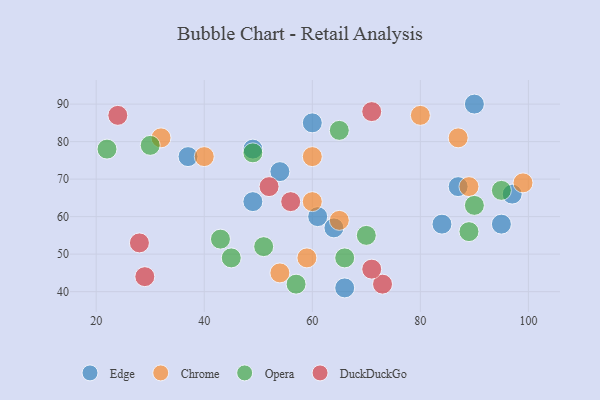
{"axis": {"x": "GDP", "y": "Life Expectancy"}, "legend": ["Chrome", "DuckDuckGo", "Edge", "Opera"], "data": [{"x": "84", "y": 58, "type": "Edge"}, {"x": "90", "y": 90, "type": "Edge"}, {"x": "95", "y": 58, "type": "Edge"}, {"x": "49", "y": 78, "type": "Edge"}, {"x": "66", "y": 41, "type": "Edge"}, {"x": "97", "y": 66, "type": "Edge"}, {"x": "61", "y": 60, "type": "Edge"}, {"x": "87", "y": 68, "type": "Edge"}, {"x": "37", "y": 76, "type": "Edge"}, {"x": "49", "y": 64, "type": "Edge"}, {"x": "60", "y": 85, "type": "Edge"}, {"x": "64", "y": 57, "type": "Edge"}, {"x": "54", "y": 72, "type": "Edge"}, {"x": "32", "y": 81, "type": "Chrome"}, {"x": "65", "y": 59, "type": "Chrome"}, {"x": "60", "y": 76, "type": "Chrome"}, {"x": "87", "y": 81, "type": "Chrome"}, {"x": "99", "y": 69, "type": "Chrome"}, {"x": "80", "y": 87, "type": "Chrome"}, {"x": "60", "y": 64, "type": "Chrome"}, {"x": "40", "y": 76, "type": "Chrome"}, {"x": "59", "y": 49, "type": "Chrome"}, {"x": "54", "y": 45, "type": "Chrome"}, {"x": "89", "y": 68, "type": "Chrome"}, {"x": "65", "y": 83, "type": "Opera"}, {"x": "51", "y": 52, "type": "Opera"}, {"x": "66", "y": 49, "type": "Opera"}, {"x": "70", "y": 55, "type": "Opera"}, {"x": "90", "y": 63, "type": "Opera"}, {"x": "30", "y": 79, "type": "Opera"}, {"x": "22", "y": 78, "type": "Opera"}, {"x": "95", "y": 67, "type": "Opera"}, {"x": "49", "y": 77, "type": "Opera"}, {"x": "89", "y": 56, "type": "Opera"}, {"x": "43", "y": 54, "type": "Opera"}, {"x": "45", "y": 49, "type": "Opera"}, {"x": "57", "y": 42, "type": "Opera"}, {"x": "73", "y": 42, "type": "DuckDuckGo"}, {"x": "52", "y": 68, "type": "DuckDuckGo"}, {"x": "56", "y": 64, "type": "DuckDuckGo"}, {"x": "71", "y": 46, "type": "DuckDuckGo"}, {"x": "24", "y": 87, "type": "DuckDuckGo"}, {"x": "29", "y": 44, "type": "DuckDuckGo"}, {"x": "28", "y": 53, "type": "DuckDuckGo"}, {"x": "71", "y": 88, "type": "DuckDuckGo"}]}